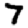
Digit: 7